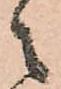
々